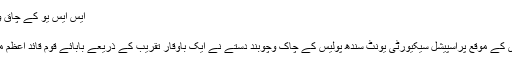
ایس ایس یو کے چاق وچوبند دستے نے مزار قائد پر گارڈآف آنر پیش کیا
August 14, 2016 | 4:01 PM
کراچی نیوزآن لائن) پاکستان کے70 ویں یوم آزادی کے موقع پراسپیشل سیکیورٹی یونٹ سندھ پولیس کے چاک وچوبند دستے نے ایک باوقار تقریب کے ذریعے بابائے قوم قائد اعظم محمد علی جناح کے مزار پر خراج عقیدت پیش کیا۔